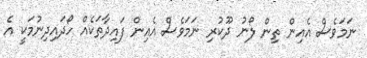
ނަމަވެސް އެއިން ތިން ލޯނު ދޫކުރި ނަމަވެސް އެއިން ފައިދާތަކެއް ހޯދައިދިނުމަކީ އެ